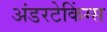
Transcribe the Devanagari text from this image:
अंडरटेकिंग्स